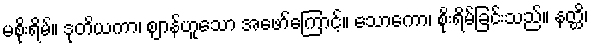
မစိုးရိမ်။ ဒုတိယကာ၊ ဈာန်ဟူသော အဖော်ကြောင့်။ သောကော၊ စိုးရိမ်ခြင်းသည်။ နတ္ထိ၊